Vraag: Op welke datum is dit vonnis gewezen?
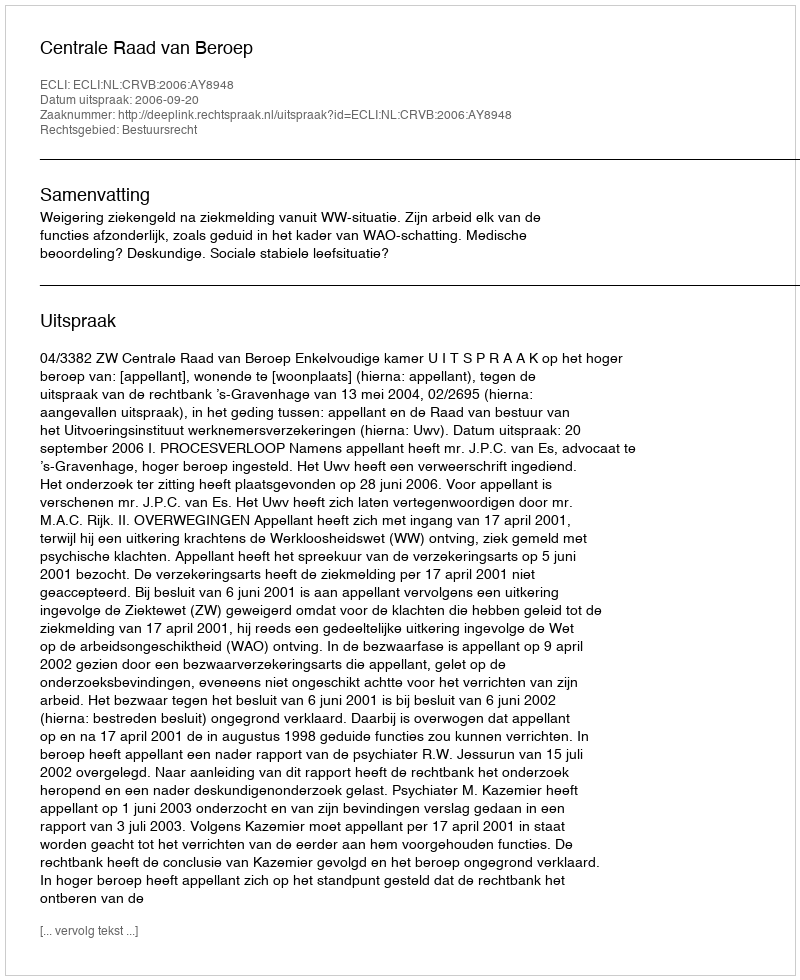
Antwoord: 2006-09-20